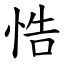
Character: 悎